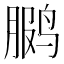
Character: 𫛳